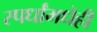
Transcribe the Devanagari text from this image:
स्पर्धांमधेही